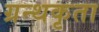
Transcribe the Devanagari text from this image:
ग्रन्थकृता